Leaving Certificate Examination, 1908
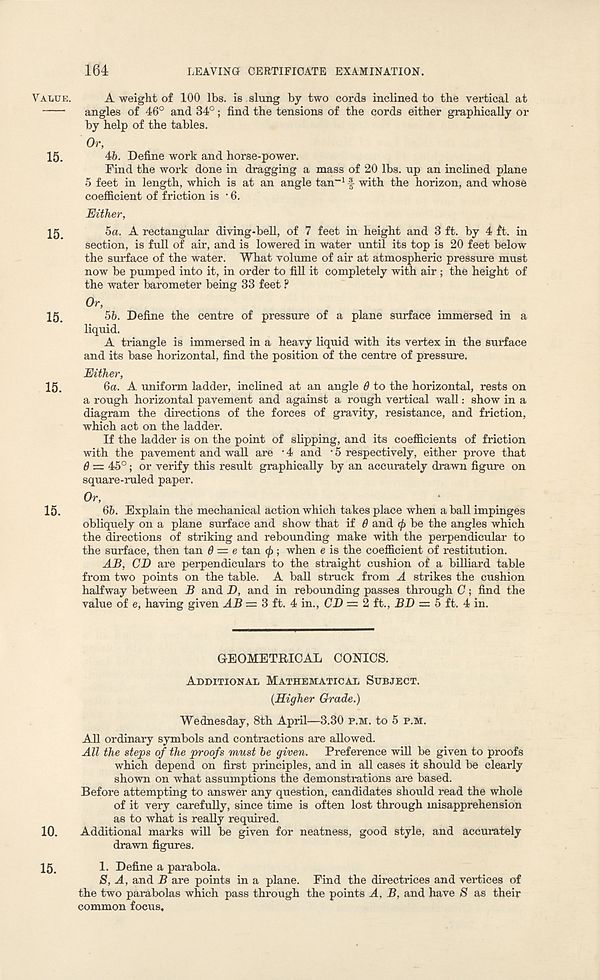
164
LEAVING CERTIFICATE EXAMINATION.
Value. A weight of 100 lbs. is slung by two cords inclined to the vertical at
angles of 46° and 34°; find the tensions of the cords either graphically or
by help of the tables.
Or,
15.
46. Define work and horse-power.
Find the work done in dragging a mass of 20 lbs. up an inclined plane
5 feet in length, which is at an angle tan -1 > r with the horizon, and whose
coefficient of friction is • 6.
Either,
15
5a. A rectangular diving-bell, of 7 feet in height and 3 ft. by 4 ft. in
section, is full of air, and is lowered in water until its top is 20 feet below
the surface of the water. What volume of air at atmospheric pressure must
now be pumped into it, in order to fill it completely with air ; the height of
the water barometer being 33 feet ?
Or,
15.
56. Define the centre of pressure of a plane surface immersed in a
liquid.
A triangle is immersed in a heavy liquid with its vertex in the surface
and its base horizontal, find the position of the centre of pressure.
Either,
15.
6a. A uniform ladder, inclined at an angle 6 to the horizontal, rests on
a rough horizontal pavement and against a rough vertical wall: show in a
diagram the directions of the forces of gravity, resistance, and friction,
which act on the ladder.
If the ladder is on the point of slipping, and its coefficients of friction
with the pavement and wall are • 4 and • 5 respectively, either prove that
8 = 45°; or verify this result graphically by an accurately drawn figure on
square-ruled paper.
Or,
15.
66. Explain the mechanical action which takes place when a ball impinges
obliquely on a plane surface and show that if 6 and <f ) be the angles which
the directions of striking and rebounding make with the perpendicular to
the surface, then tan 8 = e tan cf>; when e is the coefficient of restitution.
AB, CD are perpendiculars to the straight cushion of a billiard table
from two points on the table. A ball struck from A strikes the cushion
halfway between B and D, and in rebounding passes through C; find the
value of e, having given AB — 3 ft. 4 in., CD = 2 ft., BD = 5 ft. 4 in.
GEOMETRICAL CONICS.
Additional Mathematical Subject.
(Higher Grade.)
Wednesday, 8th April—3.30 p.m. to 5 p.m.
All ordinary symbols and contractions are allowed.
All the steps of the proofs must he given. Preference will be given to proofs
which depend on first principles, and in all cases it should be clearly
shown on what assumptions the demonstrations are based.
Before attempting to answer any question, candidates should read the whole
of it very carefully, since time is often lost through misapprehension
as to what is really required.
10. Additional marks will be given for neatness, good style, and accurately
drawn figures.
15.
1. Define a parabola.
S, A, and B are points in a plane. Find the directrices and vertices of
the two parabolas which pass through the points A. B, and have S as their
common focus.